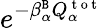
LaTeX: e^{-\beta_{\alpha}^{\tt B}Q_{\alpha}^{\mathrm{~t~o~t~}}}